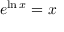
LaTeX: e ^ { \ln x } = x